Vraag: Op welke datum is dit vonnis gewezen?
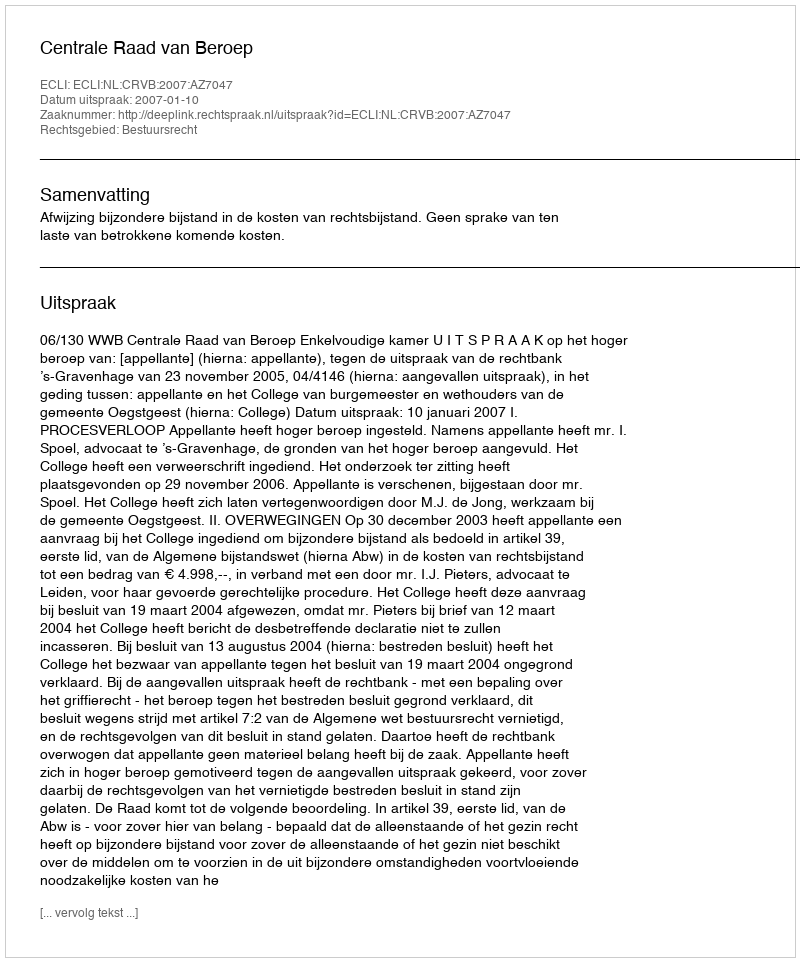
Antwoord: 2007-01-10